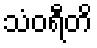
သံဝရီတိ